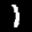
Label: 1